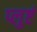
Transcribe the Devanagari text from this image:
प्लुष्टं